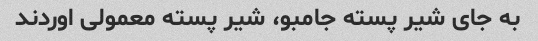
به جای شیر پسته جامبو، شیر پسته معمولی اوردند